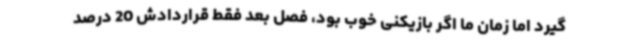
گیرد اما زمان ما اگر بازیکنی خوب بود، فصل بعد فقط قراردادش 20 درصد